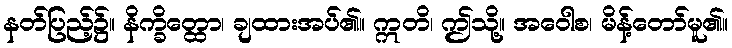
နတ်ပြည့်၌။ နိက္ခိတ္ထော၊ ချထားအပ်၏။ ဣတိ၊ ဤသို့။ အဝေါစ၊ မိန့်တော်မူ၏။